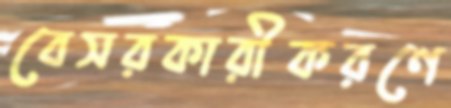
বেসরকারীকরণে